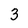
Character: 3